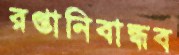
রপ্তানিবান্ধব